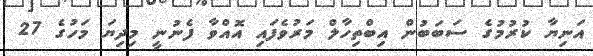
އަނިޔާ ކުރުމުގެ ސަބަބުން އިބްތިހާލް މަރުވެފައި އޮއްވާ ފެނުނީ މިދިޔަ މަހުގެ 27